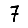
Digit: 7